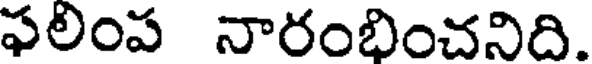
ఫలింప నారంభించనిది.